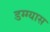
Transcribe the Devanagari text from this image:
डग्ग्यास